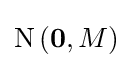
{\text{N}}\left(\mathbf {0} ,M\right)